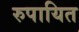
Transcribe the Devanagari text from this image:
रुपायित